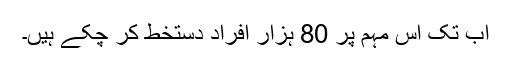
اب تک اس مہم پر 80 ہزار افراد دستخط کر چکے ہیں۔